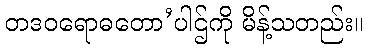
တဒဝရောဓတော’ပါဌ်ကို မိန့်သတည်း။